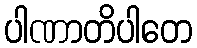
ပါဏာတိပါတေ